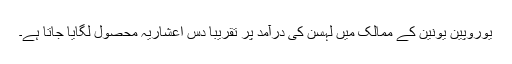
یوروپین یونین کے ممالک میں لہسن کی درآمد پر تقریبا دس اعشاریہ محصول لگایا جاتا ہے۔